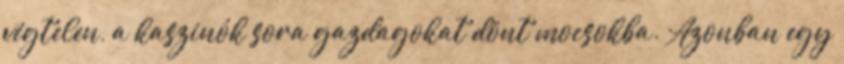
végtelen, a kaszinók sora gazdagokat dönt mocsokba. Azonban egy